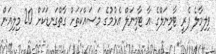
ވިލިމާލެ ފެރީ ޓާމިނަލްގެ އާ ޓާމިނަލް އެޅުމުގެ މަސައްކަތަށް ގާތްގަނޑަކަށް 20 މިލިއަން